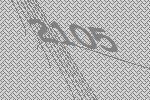
2105